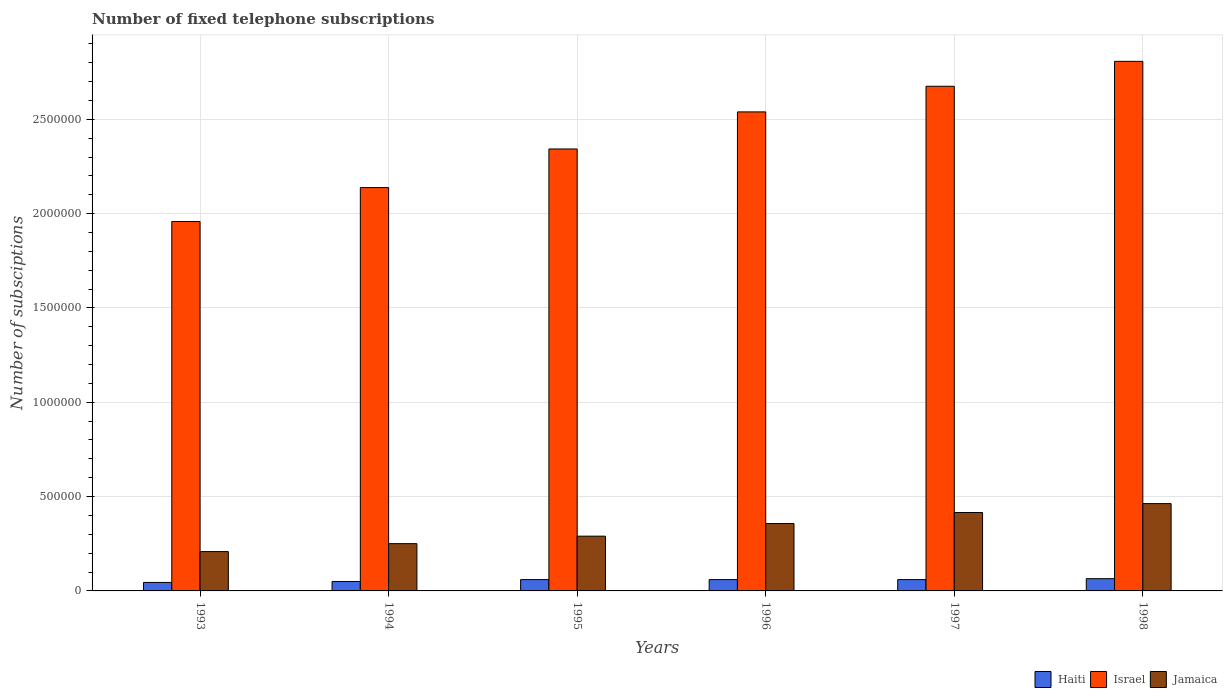
| Years | Haiti | Israel | Jamaica |
 | --- | --- | --- | --- |
 | 1993 | 4.5e+04 | 1.96e+06 | 2.08e+05 |
 | 1994 | 5e+04 | 2.14e+06 | 2.51e+05 |
 | 1995 | 6e+04 | 2.34e+06 | 2.9e+05 |
 | 1996 | 6e+04 | 2.54e+06 | 3.57e+05 |
 | 1997 | 6e+04 | 2.68e+06 | 4.16e+05 |
 | 1998 | 6.5e+04 | 2.81e+06 | 4.63e+05 |